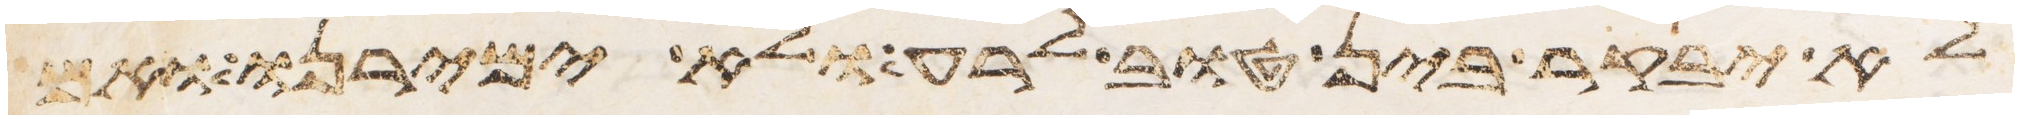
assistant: לא יבקר בין טוב לרע ולא ימירנו ואם